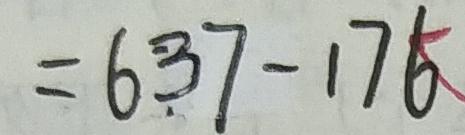
= 6 3 7 - 1 7 6